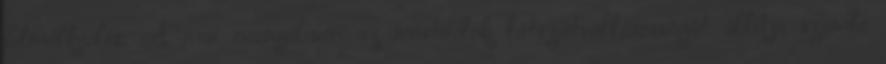
Elmélkedés: A mai evangélium az írástudók látszatvallásosságát állítja szembe